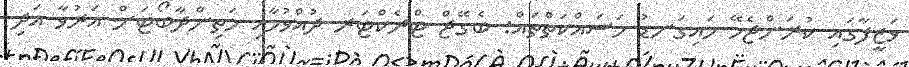
ވަޒީފާގައި ކުރަންޖެހޭ މައިގަނޑު މަސައްކަތްތައް: ބެގޭޖް ޓްރެކްޓަރ ދުއްވުމާއި މަތިންދާބޯޓަށް އަރުވާ އަދި